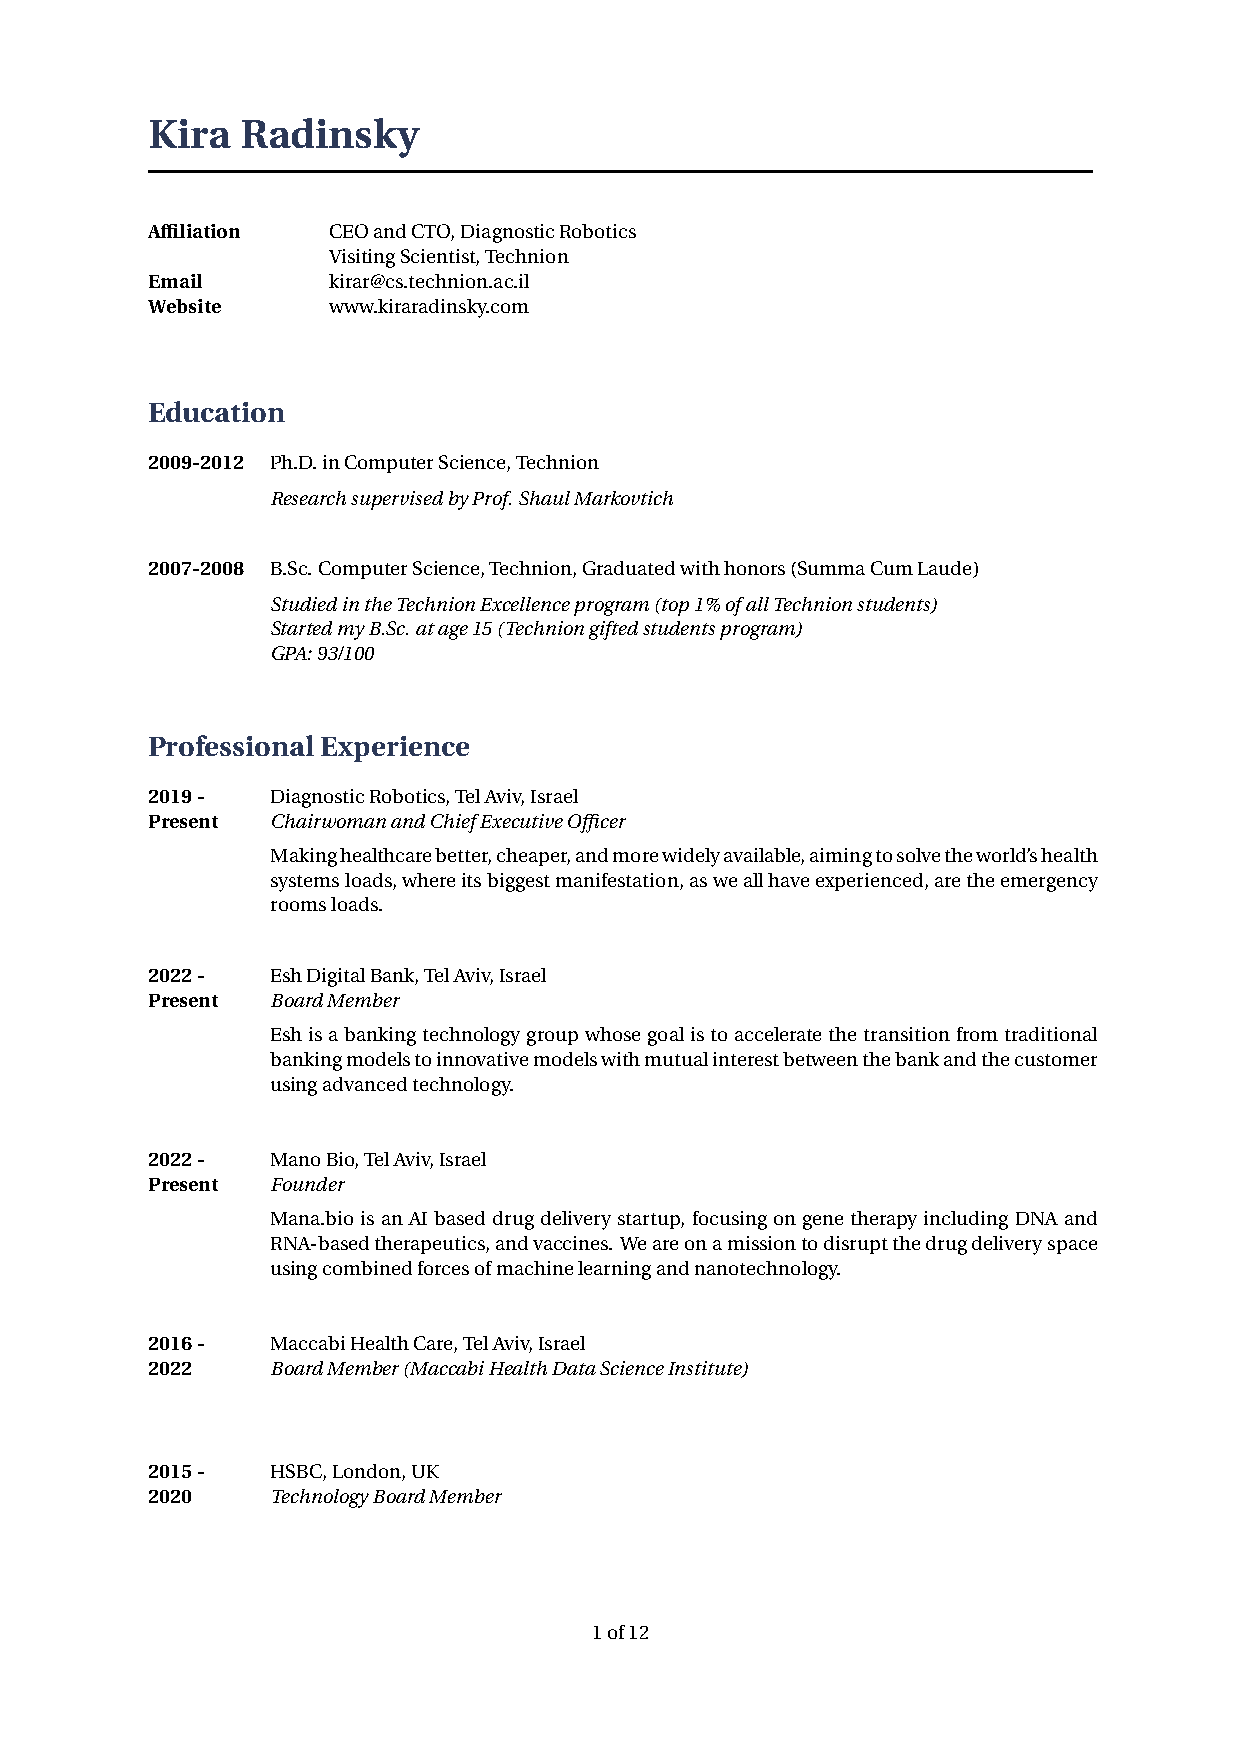
Kira  Radinsky
 Affiliation CEOandCTO,DiagnosticRobotics
 VisitingScientist,Technion
 Email       kirar@cs.technion.ac.il
 Website     www.kiraradinsky.com
 Education
 2009-2012 Ph.D.inComputerScience,Technion
 ResearchsupervisedbyProf.ShaulMarkovtich
 2007-2008 B.Sc.ComputerScience,Technion,Graduatedwithhonors(SummaCumLaude)
 StudiedintheTechnionExcellenceprogram(top1%ofallTechnionstudents)
 StartedmyB.Sc.atage15(Techniongiftedstudentsprogram)
 GPA:93/100
 ProfessionalExperience
 2019-   DiagnosticRobotics,TelAviv,Israel
 Present ChairwomanandChiefExecutiveOfficer
 Makinghealthcarebetter,cheaper,andmorewidelyavailable,aimingtosolvetheworld’shealth
 systemsloads,whereitsbiggestmanifestation,asweallhaveexperienced,aretheemergency
 roomsloads.
 2022-   EshDigitalBank,TelAviv,Israel
 Present BoardMember
 Eshisabankingtechnologygroupwhosegoalistoacceleratethetransitionfromtraditional
 bankingmodelstoinnovativemodelswithmutualinterestbetweenthebankandthecustomer
 usingadvancedtechnology.
 2022-   ManoBio,TelAviv,Israel
 Present Founder
 Mana.bioisanAIbaseddrugdeliverystartup, focusingongenetherapyincludingDNAand
 RNA-basedtherapeutics,andvaccines. Weareonamissiontodisruptthedrugdeliveryspace
 usingcombinedforcesofmachinelearningandnanotechnology.
 2016-   MaccabiHealthCare,TelAviv,Israel
 2022    BoardMember(MaccabiHealthDataScienceInstitute)
 2015-   HSBC,London,UK
 2020    TechnologyBoardMember
 1of12